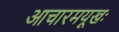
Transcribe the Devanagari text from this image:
आचारमयूखः